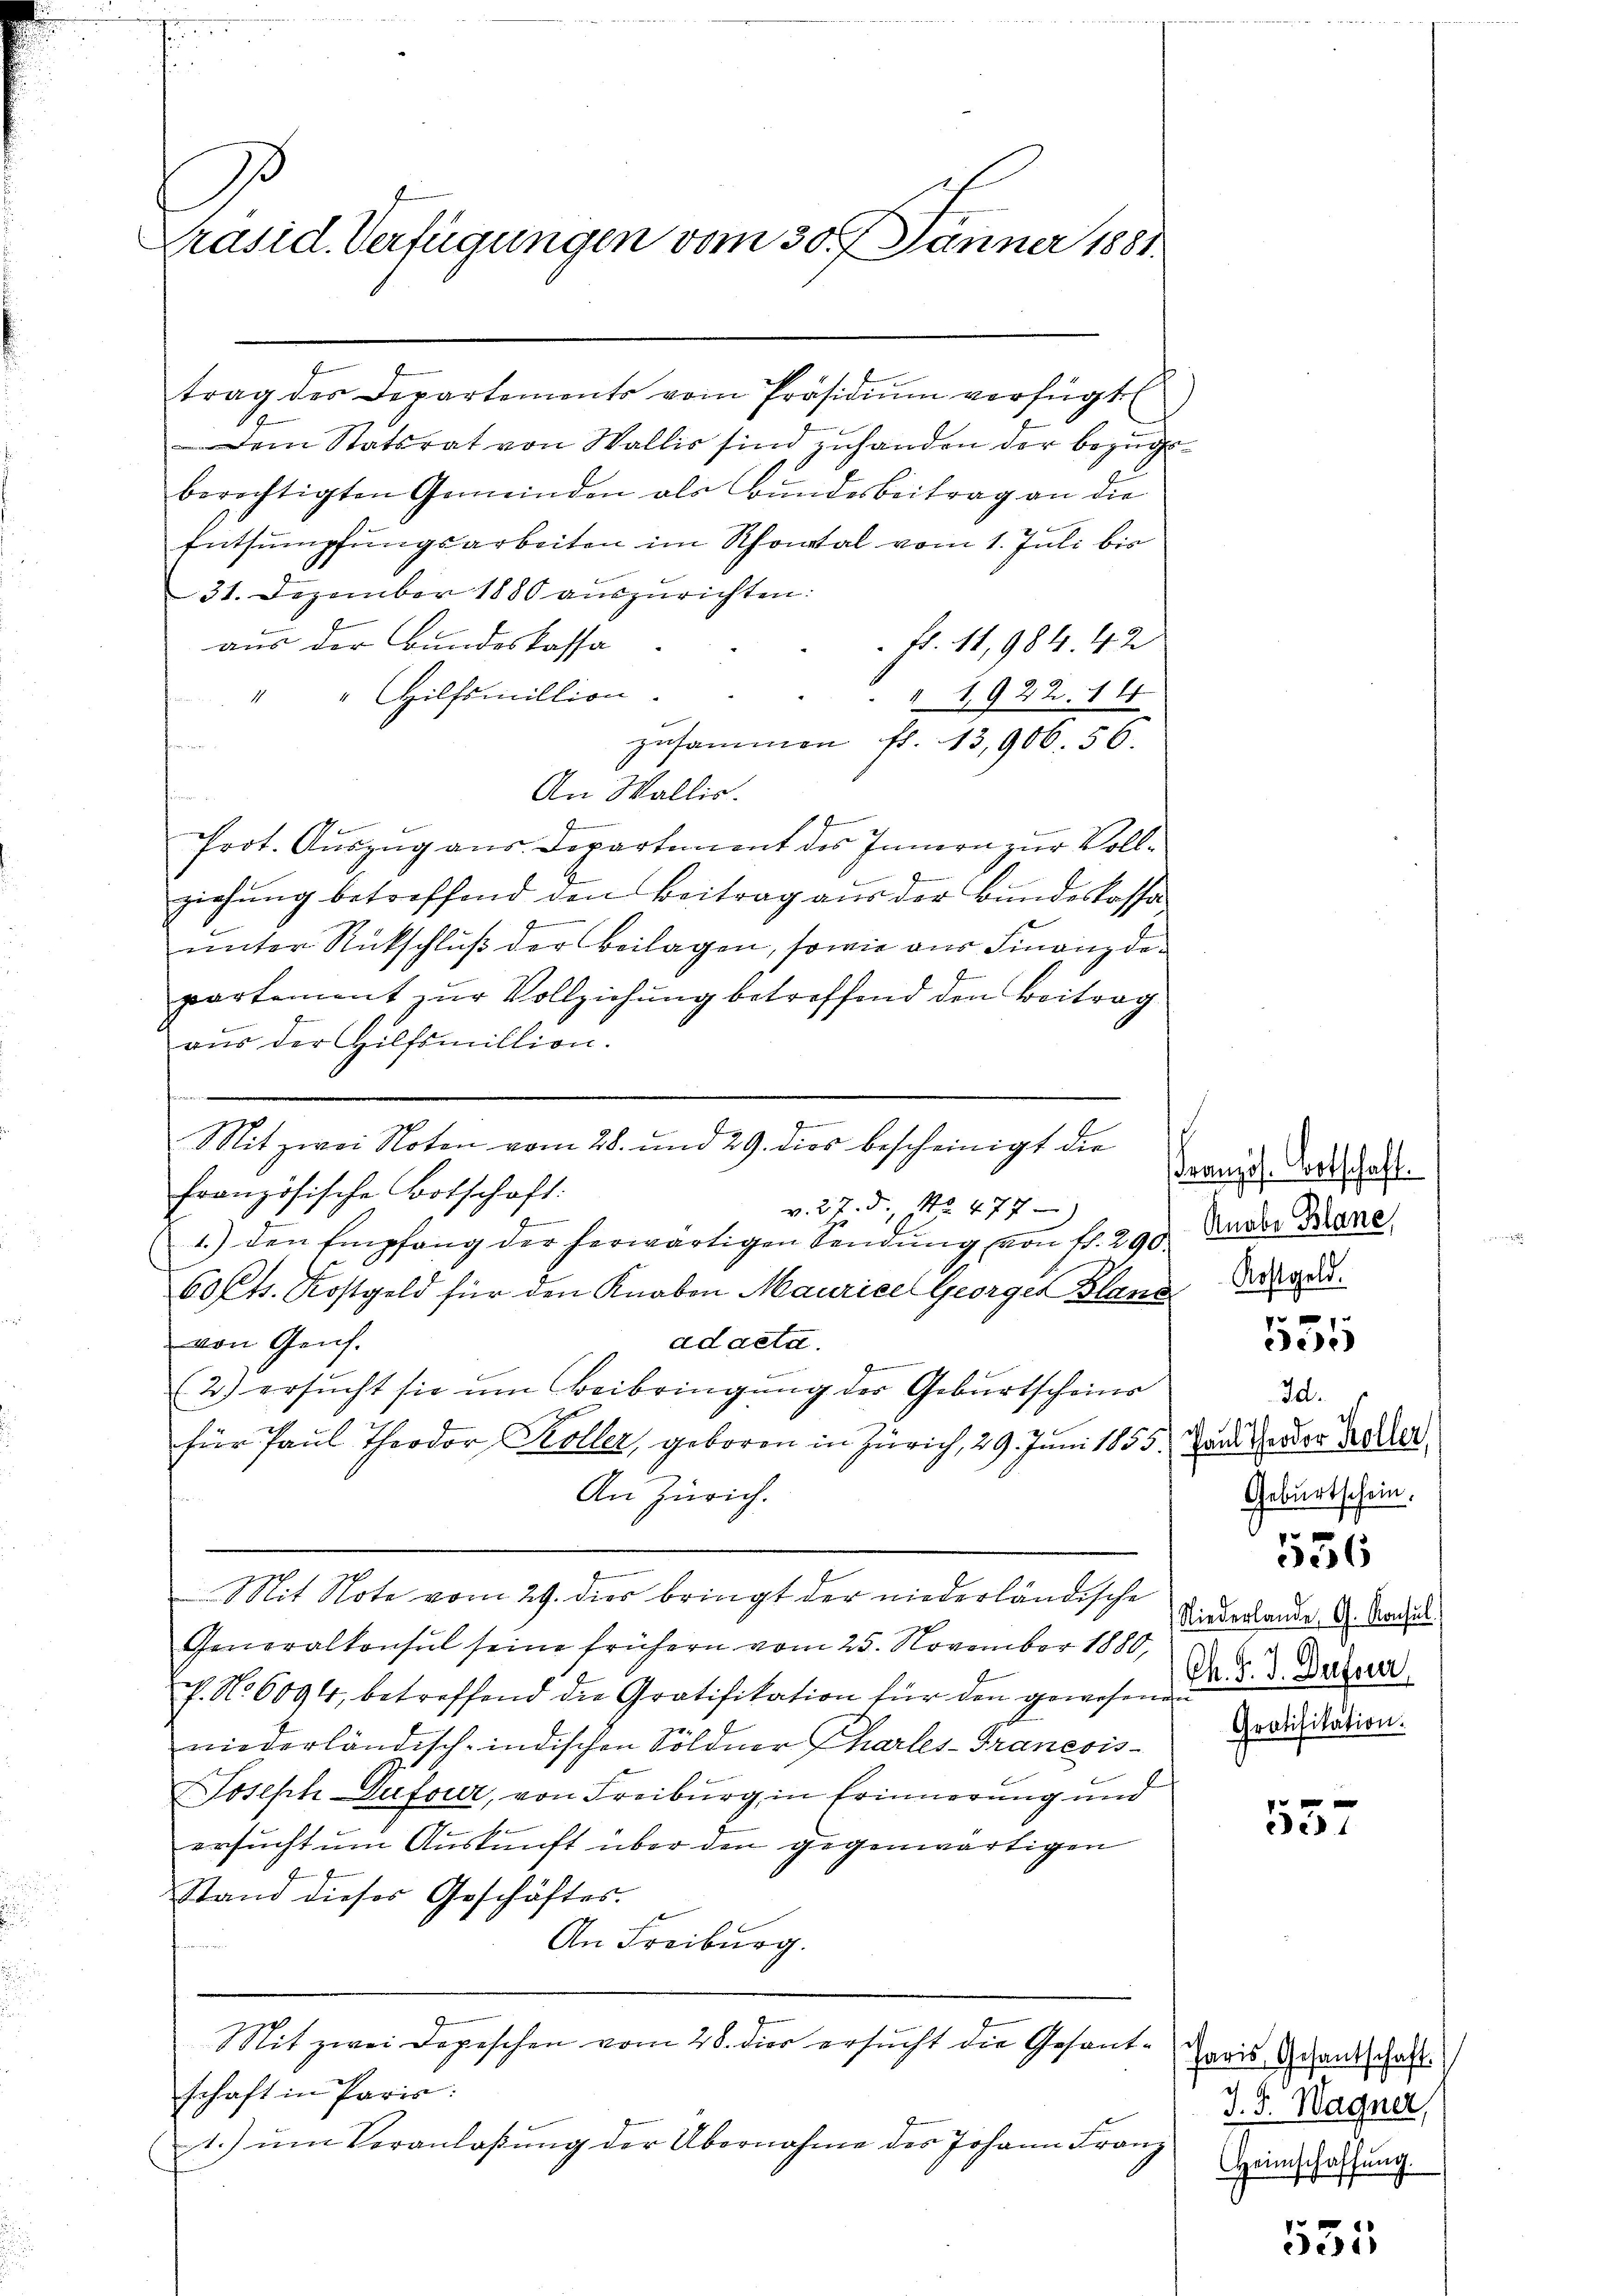
d
Präsid. Verfügungen vom 30. Jänner 1881.

Dem Statsrat von Wallis sind zuhanden der bezugsberechtigten Gemeinden als Bundesbeitrag an die
Entsumpfungsarbeiten im Schontal vom 1. Juli bis
31. Dezember 1880 auszurichten:
aus der Bundeskassa
Fr. 11, 984. 42
" " Hilfsmillion.
" 1922. 14
zusammen fl. 13,906. 56.
An Wallis.
Prot. Auszug aus. Departement des Innern zur Vollziehung betreffend den Beitrag aus der Bundeskassaeengernern
unter Rückschluß der Beilagen, sowie aus Finanzdepartement zur Vollziehung betreffend den Beitrag
aŭs der Hilfsmillion.
Mit zwei Noten vom 28. und 29. dies bescheinigt der
französische Botschaft:
v. 27. d. No. 477
1.) den Empfang der herwärtigen Sendung von fr. 290. Ander Dane
60 Cts. Kostgeld für den Knaben Maurice Georgen Blands
von Genf.
ad acta.
G
2) ersucht sie um Beibringung der Geburtscheins
für Paul Theodor Koller, geboren in Zürich, 29. Juni 1855. und Heider Koller
An Zürich.
Mit Note vom 29. dies bringt der niederländische
Generalkonsul seine frühern vom 25. November 1880,
c. No 6094, betreffend die Gratifikation für den gewesen da d. d. Dazuer
niederländisch-indischen Söldner Charles-Tranesis
Joseph Dufour, von Freiburg in Erinnerung und
ersucht um Auskunft über den gegenwärtigen
Stand dieses Geschäftes.
An Freiburg.
Mit zwei Depeschen vom 28. der ersucht die Gesantschaft in Paris:
1.) ŭm Veranlaßung der Übernahme des Johann Franz

trag der Departements vom Präsidiŭm verfügt

e

Französ. Fortschaft.

f
eede

Id.
Geburtschein.

536

Niederlande G. Konsul
Gratifikation.

ed

Paris Gesantschaft.
J. J. Wagner,
Heimschaffŭng.

551